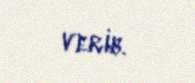
verib.